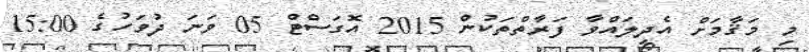
މި މަޤާމަށް އެދިލައްވާ ފަރާތްތަކުން 2015 އޮގަސްޓް 05 ވަނަ ދުވަހުގެ 15:00